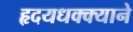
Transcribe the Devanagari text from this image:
हृदयधक्क्याने